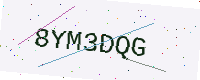
Text: 8YM3DQG